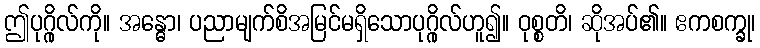
ဤပုဂ္ဂိုလ်ကို။ အန္ဓော၊ ပညာမျက်စိအမြင်မရှိသောပုဂ္ဂိုလ်ဟူ၍။ ဝုစ္စတိ၊ ဆိုအပ်၏။ ဧကစက္ခု၊